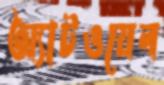
অ্যাটওয়েল